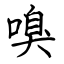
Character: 嗅